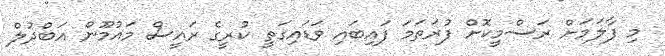
މި ފާލަމަށް ރަސްމީކޮށް ފުރަތަމަ ފައިބައި ވަޑައިގަތީ ކުރީގެ ރައީސް މައުމޫން އަބްދުލް